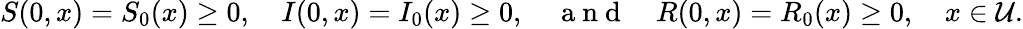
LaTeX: S(0,x)=S_{0}(x)\geq 0,\quad I(0,x)=I_{0}(x)\geq 0,\quad\mathrm{~a~n~d~}\quad R(0,x)=R_{0}(x)\geq 0,\quad x\in\mathcal{U}.